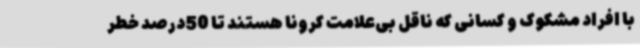
با افراد مشکوک و کسانی که ناقل بی‌علامت کرونا هستند تا 50درصد خطر